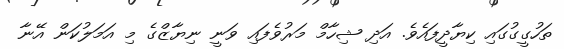
ތަހުގީގުގައި ކިޔާދީފައެވެ. އަދި ޝިހާމް މަރުވެފައި ވަނީ ނިޔާޒްގެ މި އަމަލުކަން އޭނާ